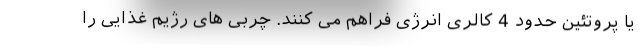
یا پروتئین حدود 4 کالری انرژی فراهم می کنند. چربی های رژیم غذایی را